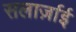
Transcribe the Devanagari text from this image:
सलार्ज़ाई